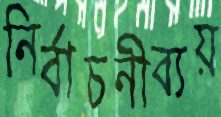
নির্বাচনীব্যয়